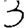
Digit: 3